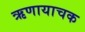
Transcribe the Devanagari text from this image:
ऋणायाचक